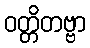
ဝတ္တိတဗ္ဗာ